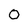
Character: 0